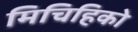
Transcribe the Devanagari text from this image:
मिचिहिको